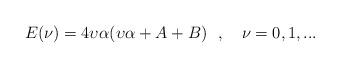
LaTeX: \begin{align*}E(\nu )=4\upsilon \alpha (\upsilon \alpha +A+B)\ \ ,\quad \nu =0,1,...\end{align*}